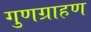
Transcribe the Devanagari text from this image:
गुणग्राहण